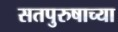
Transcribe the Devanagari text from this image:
सतपुरुषाच्या